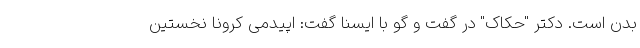
بدن است. دکتر "حکاک" در گفت و گو با ایسنا گفت: اپیدمی کرونا نخستین